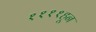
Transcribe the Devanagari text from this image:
११११हून